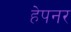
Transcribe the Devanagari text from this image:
हेपनर